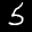
Label: 5